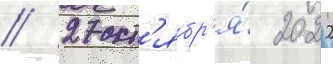
// 27 окт'ябр'я́ 2022